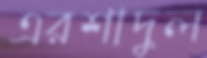
এরশাদুল